Tezpur Lunatic Asylum reports 1877-1894 - 1877-1894
Year: 1877
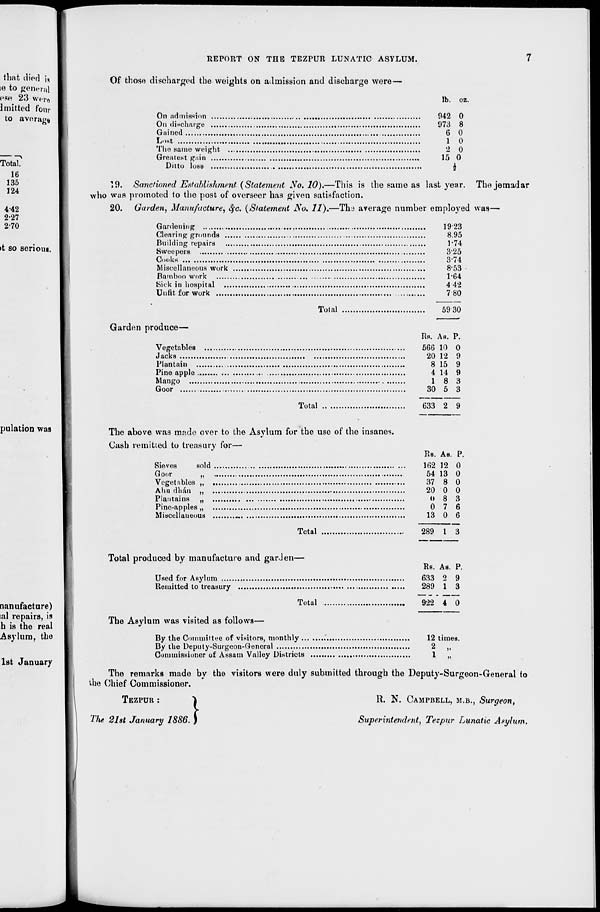
REPORT ON THE TEZPUR LUNATIC ASYLUM.
>t so seriom
Of those discharged the weights on admission and discharge were-
On admission ....
On discharge .....
Gained
Lost
,
The same weight.
Greatest gain
Ditto loss
lb. oz.
942 0
973 8
6 0
1 0
2 0
15 0
19. Sanctioned Establishment {Statement No. 10).—This is the same as last year. The jemadar
who was promoted to the post of overseer has given satisfaction.
20. Garden, Manufacture, Sfc. {Statement JSo. 11).—Tha average number employed was—
Gardening
Clearing grounds
Building repairs
Sweepers
Cooks
Miscellaneous work
Bamboo work
,
Sick in hospital ...
Unfit for work
,
Tolal
Garden produce—
Vegetables
Jacks
Plantain .
Pine apple
Mango ....
Goor
19 23
8.95
1-74
325
374
8-53
1-64
442
780
5930
Total
Rs. As. P.
566 10 0
20 12 9
8 15 9
4 14 9
1 8 3
30 5 3
633 2 9
The above was made over to the Asylum for the use of the insanes.
Cash remitted to treasury for—
sold
Sieves
Goor
„
Vegetables „
Ahu dhan „
Plantains „
Pine-apples „
Miscellaneous
Total
Total produced by manufacture and garden—
Used for Asylum
Remitted to treasury
Total
The Asylum was visited as follows—
By the Committee of visitors, monthly ..
By the Deputy-Surgeon-General
Commissioner of Assam Valley Districts
Re. As. P
162 12 0
54 13 0
37 8 0
20 0 0
0 8 3
0 7 6
13 0 6
289 1 3
Rs. As. P.
633 o 9
289 1 3
922 4 0
12 times.
2 ii
1 »
The remarks made by the visitors were duly submitted through the Deputy-Surgeon-General to
the Chief Commissioner.
TEZPUR :
The 2ht January 1886. \
R. N. CAMPBELL, M.B., Surgeon,
Superintendent, Tezpur Lunatic Asylum.